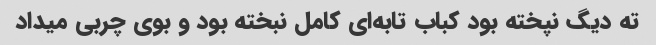
ته دیگ نپخته بود کباب تابه‌ای کامل نبخته بود و بوی چربی میداد